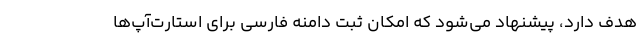
هدف دارد، پیشنهاد می‌شود که امکان ثبت دامنه فارسی برای استارت‌آپ‌ها